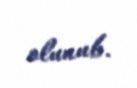
olunub.